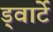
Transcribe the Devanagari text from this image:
ड्वार्टे